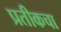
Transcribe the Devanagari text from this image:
प्रतीकचा